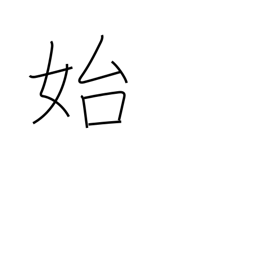
Meaning: begin